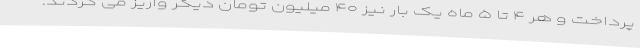
پرداخت و هر ۴ تا ۵ ماه یک بار نیز ۴۰ میلیون تومان دیگر واریز می کردند.